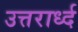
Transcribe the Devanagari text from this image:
उत्तरार्ध्द